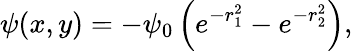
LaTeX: \psi(x,y)=-\psi_{0}\left(e^{-r_{1}^{2}}-e^{-r_{2}^{2}}\right),